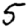
Digit: 5